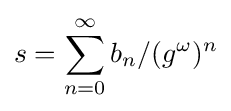
s=\sum _{n=0}^{\infty }b_{n}/(g^{\omega })^{n}